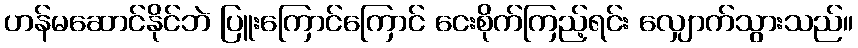
ဟန်မဆောင်နိုင်ဘဲ ပြူးကြောင်ကြောင် ငေးစိုက်ကြည့်ရင်း လျှောက်သွားသည်။